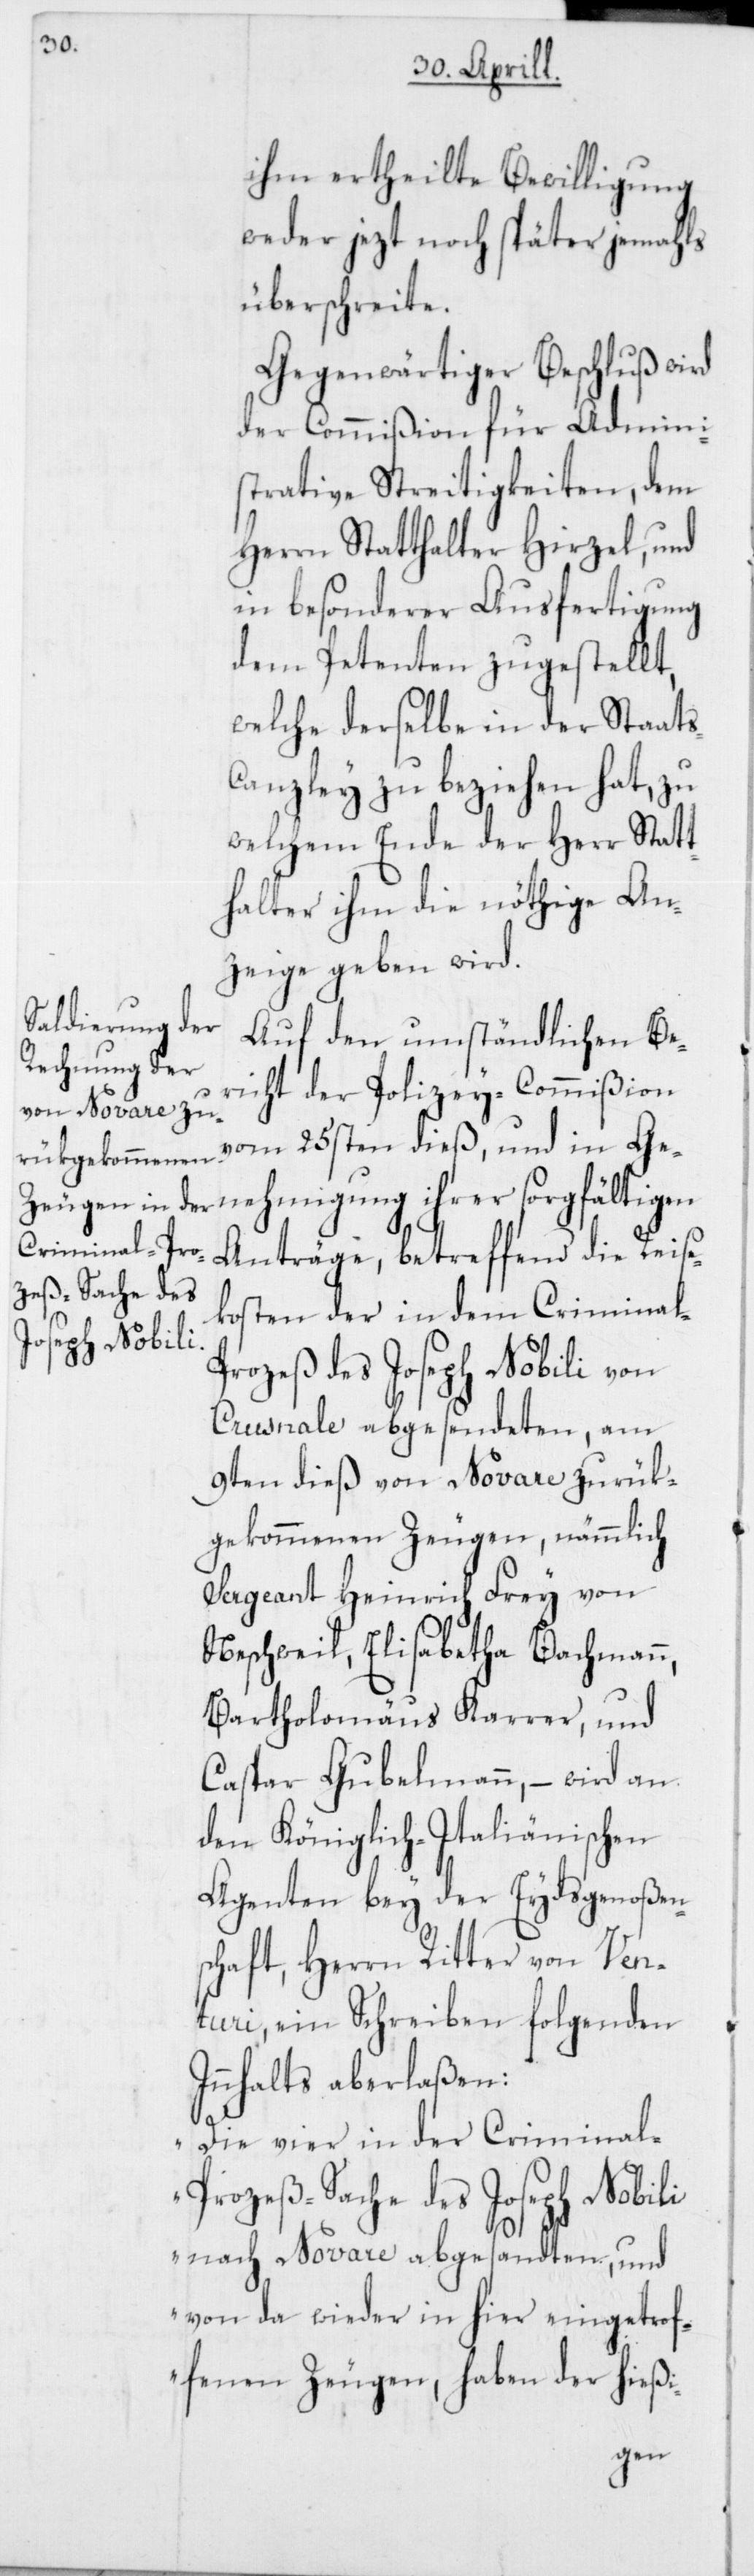
ihm ertheilte Bewilligung
weder jezt noch später jemahls
überschreite.
Gegenwärtiger Beschluß wird
der Commißion für Admini¬
strative Streitigkeiten, dem
Herrn Statthalter Hirzel, und
in besonderer Ausfertigung
dem Petenten zugestellt,
welche derselbe in der Staat¬
s-Canzley zu beziehen hat, zu
welchem Ende der Herr Statt¬
halter ihm die nöthige An¬
zeige geben wird.
Auf den umständlichen Be¬
richt der Polizey-Commißion
vom 25sten dieß, und in Ge¬
nehmigung ihrer sorgfältigen
Anträge, betreffend die Reise¬
kosten der in dem Criminal-P¬
rozeß des Joseph Nobili von
Crusnale abgesendeten, am
9ten dieß von Novare
gekommenen Zeugen, nämmlich
Sergeant Heinrich Frey von
Neschweil, Elisabetha Bachmann,
Batholomäus Karrer, und
Caspar Gubelmann, – wird an
den Königlich-Italienischen
Agenten bey der Eydsgenoßen¬
schaft, Herrn Ritter von Ven¬
turi, ein Schreiben folgenden
Innhalts aberlaßen:
„Die vier in der Crimina¬
l-Prozeß-Sache des Joseph Nobili
nach Novare abgesandten und
von da wieder in hier eingetrof¬
fenen Zeugen, haben der hießi-
zurük¬